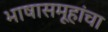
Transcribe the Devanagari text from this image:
भाषासमूहांचा